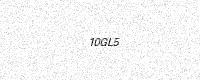
Text: 10GL5